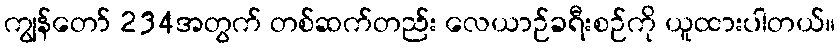
ကျွန်တော် 234အတွက် တစ်ဆက်တည်း လေယာဉ်ခရီးစဉ်ကို ယူထားပါတယ်။